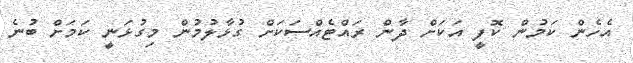
އެހެން ކަމުން ކޮފީ އަކަށް ދާން ރައްޓެއްސަކަށް ގުޅާލުމުން މިގުޅަނީ ކަމަށް ބުނެ